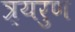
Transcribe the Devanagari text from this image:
त्र्यरुण